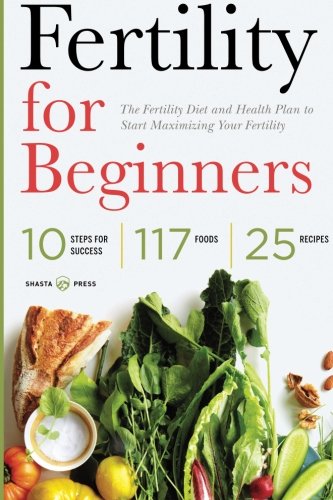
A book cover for Fertility for Beginners: The Fertility Diet and Health Plan to Start Maximizing Your Fertility; Shasta Press; Parenting & Relationships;